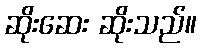
ဆိုးဆေး ဆိုးသည်။